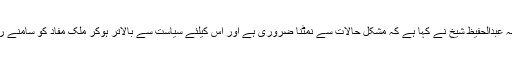
مشیر خزانہ عبدالحفیظ شیخ نے کہا ہے کہ مشکل حالات سے نمٹنا ضروری ہے اور اس کیلئے سیاست سے بالاتر ہوکر ملک مفاد کو سامنے رکھنا ہوگا۔